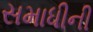
સમાધીની